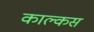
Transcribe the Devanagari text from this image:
काल्कस